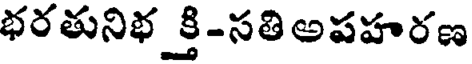
భరతునిభ క్రి-సతి అపహరణ